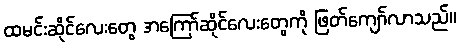
ထမင်းဆိုင်လေးတွေ အကြော်ဆိုင်လေးတွေကို ဖြတ်ကျော်လာသည်။